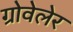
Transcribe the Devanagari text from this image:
ग्रोवेलेर